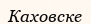
Каховске